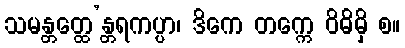
သမန္တတ္ထေ’န္တရကပ္ပာ၊ ဒိကေ တက္ကေ ဝိဓိမှိ စ။